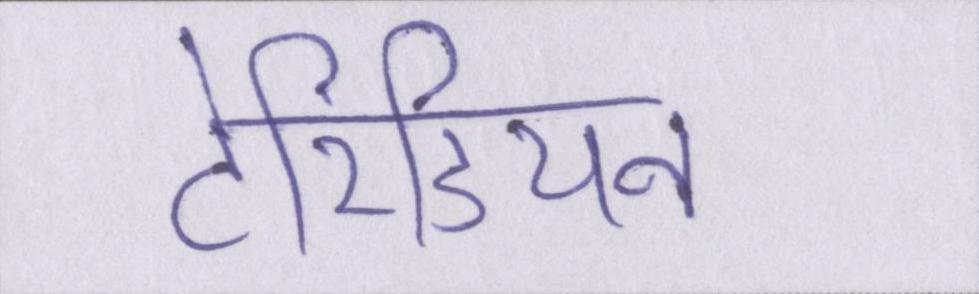
टेरिडियन